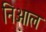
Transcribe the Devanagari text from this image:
निआल